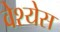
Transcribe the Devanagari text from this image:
वेश्येस